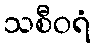
သစီဝရံ